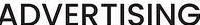
ADVERTISING